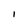
Character: I